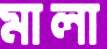
মালা